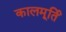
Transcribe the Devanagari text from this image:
कालमूर्तिं